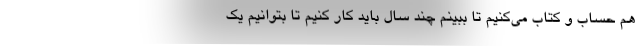
هم حساب و کتاب می‌کنیم تا ببینم چند سال باید کار کنیم تا بتوانیم یک